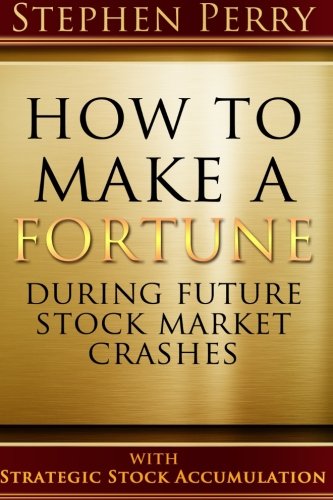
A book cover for How To Make A Fortune During Future Stock Market Crashes With Strategic Stock Accumulation: Learning A New Investment Strategy To Buy Stocks and Bonds ... Formula As the Stock and Bond Markets Decline; Mr Stephen R. Perry; Business & Money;